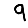
Digit: 9